Lunatic asylums Burma 1907-21 - 1907-1921
Year: 1907
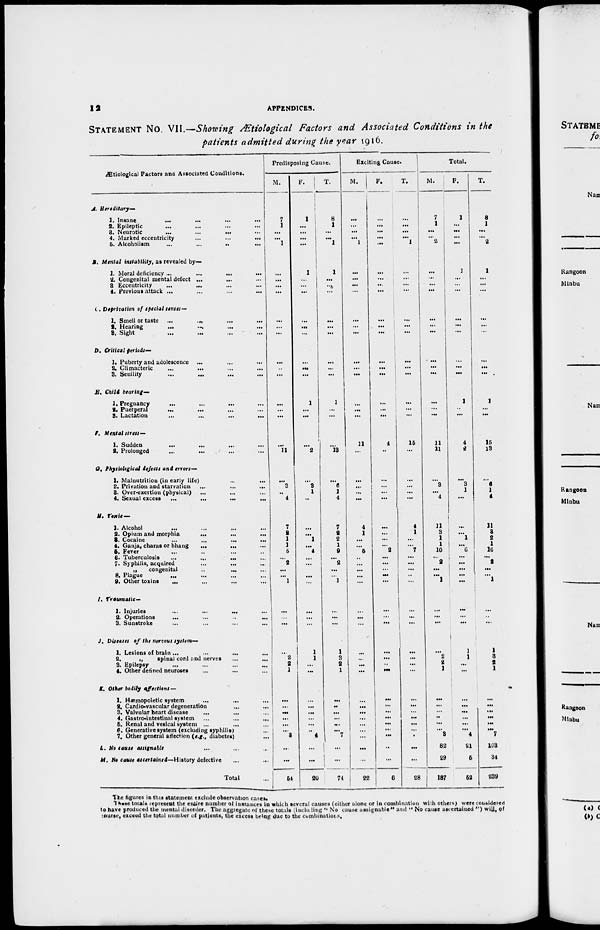
12
APPENDICES.
STATEMENT No. VII.—Showing
Ætiological Factors and Associated Conditions in the
patients admitted during the year 1916.
Ætiological Factors and Associated Conditions.
A. Hereditary—
1. Insane
...
...
...
...
2. Epileptic ... ... ... ...
8. Neurotic
...
...
... ...
4. Marked eccentricity
...
...
...
6. Alcoholism ... ... ... ...
B. Mental instability, as revealed by—
1. Moral deficiency ...
...
...
...
2. Congenital mental defect ... ... ...
3 Eccentricity
...
... ... ...
4. Previous attack ...
...
...
...
C. Deprivation of special senses—
1. Smell or taste ...
... ... ...
2. Hearing
...
... ... ...
8. Sight ... ... ... ...
D. Critical periods—
1. Puberty and adolescence ... ... ...
2. Climacteric
...
...
...
...
3. Senility
...
...
... ...
E. Child bearing-
1. Pregnancy ... ... ... ...
2. Puerperal
... ... ... ...
3. Lactation
...
...
...
...
F. Mental stress—
1. Sudden
...
...
...
...
2. Prolonged
...
... ... ...
G. Physiological defects and errors—
1. Malnutrition (in early life) ... ...
2. Privation and starvation
...
...
...
8. Over-exertion (physical) ... ... ...
4. Sexual excess
...
...
...
...
H. Toxic—
1. Alcohol ... ... ... ...
2. Opium and morphia
...
...
...
8. Cocaine
...
...
...
...
4. Ganja, charas or bhang
...
...
5. Fever ... ... ... ...
6. Tuberculosis
...
...
... ...
7. Syphilis, acquired ... ... ...
„
congenital
..
... ...
8. Plague ... ... ... ...
9. Other toxins
... ... ... ...
I. Traumatic—
1. Injuries
...
...
...
2. Operations ... ... ... ...
3. Sunstroke ... ... ... ...
J. Diseases of the nervous system—
1. Lesions of brain ... ... ... ...
2.
„
spinal cord and nerves ... ...
3. Epilepsy ... ... ... ...
4. Other defined neuroses ... ... ...
K. Other bodily affections —
1. Hemopoietic system ... ... ...
2. Cardio-vascular degeneration
...
...
3. Valvular heart disease
... ... ...
4. Gastro-intestinal system
...
...
...
5. Renal and vesical system ... ... ...
6. Generative system (excluding syphilis) ...
7. Other general affection (e.g., diabetes) ...
L. No cause assignable ... ... ... ...
M. No cause ascertained— History defective ... ...
Total ...
Predisposing Cause.
M.
7
1
...
...
1
...
...
...
...
...
...
...
...
...
...
...
...
...
...
11
...
3
..
4
7
2 1
1
5
...
2
...
...
1
...
...
...
...
2
2
1
...
...
...
...
...
...
8
...
...
54
F.
1
...
...
...
...
1
...
...
...
...
...
...
...
...
...
1
...
...
...
2
...
3
1
....
...
...
1
...
4
...
...
...
...
...
...
...
...
1
1
...
...
...
...
...
...
...
..
4
...
...
20
T.
8
1
...
...
1
1
...
...
...
...
...
...
....
...
...
1
...
...
...
13
...
6
1
4
7
2
2
1
9
...
2
...
...
1
...
...
...
1
3
2
1
...
...
...
...
...
... 7
...
...
74
Exciting Cause.
M.
...
...
...
...
1
...
...
...
...
...
...
...
...
...
...
...
...
...
11
...
...
...
...
...
4
1
...
...
5
...
...
...
...
...
...
...
...
...
...
...
...
...
...
...
...
...
...
...
...
...
22
F.
...
...
...
...
...
...
...
...
...
...
...
...
...
...
...
...
...
...
4
...
...
...
...
...
...
...
...
...
2
...
...
...
....
...
...
...
...
...
...
..
...
...
...
...
...
...
...
...
...
...
6
T.
...
...
...
...
1
...
...
...
...
...
...
...
...
...
...
...
...
...
15
...
...
...
...
...
4
1
...
...
7
...
...
...
...
...
...
...
...
...
...
...
...
...
...
...
....
...
...
...
...
...
28
Total.
M.
7
1
...
...
2
...
...
...
...
...
...
...
...
...
...
...
...
...
11
11
...
3
...
4
11
3
1
1
10
...
2
...
...
1
...
...
...
...
2
2
1
...
...
...
...
...
...
3
82
29
187
F.
1
...
...
...
...
1
...
...
...
...
...
...
...
...
...
1
...
...
4
2
...
3
1
...
...
...
1
...
6
...
...
...
...
...
...
...
...
1
1
...
...
...
...
...
...
...
...
4
21
6
52
T.
8
1
...
...
2
1
...
...
...
...
...
...
...
...
...
1
...
...
15
13
...
6
1
4
11
3
2
1
16
...
2
...
...
1
i
...
...
...
1
3
2
1
...
...
...
...
...
...
7
103
34
239
The figures in this statement exclude observation cases.
These totals represent the entire number of instances in which several causes (either alone or in combination with others) were considered
to have produced the mental disorder. The aggregate of these totals (incluling " No cause assignable" and '' No cause ascertained ") will, of
course, exceed the total number of patients, the excess being due to the combinations.